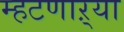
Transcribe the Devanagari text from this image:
म्हटणाऱ्या